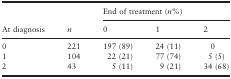
<table><thead><tr><td></td><td></td><td colspan="3"><b>End of treatment (<i>n</i>%)</b></td></tr><tr><td rowspan="2"><b>At diagnosis</b></td><td rowspan="2"><b><i>n</i></b></td><td><b>0</b></td><td><b>1</b></td><td><b>2</b></td></tr></thead><tbody><tr><td>0</td><td>221</td><td>197 (89)</td><td>24 (11)</td><td>0</td></tr><tr><td>1</td><td>104</td><td>22 (21)</td><td>77 (74)</td><td>5 (5)</td></tr><tr><td>2</td><td>43</td><td>5 (11)</td><td>9 (21)</td><td>34 (68)</td></tr></tbody></table>